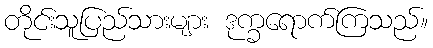
တိုင်းသူပြည်သားများ ဒုက္ခရောက်ကြသည်။